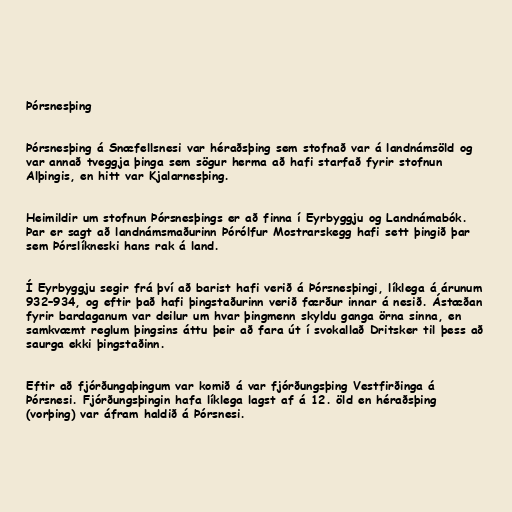
Þórsnesþing

Þórsnesþing á Snæfellsnesi var héraðsþing sem stofnað var á landnámsöld og
var annað tveggja þinga sem sögur herma að hafi starfað fyrir stofnun
Alþingis, en hitt var Kjalarnesþing.

Heimildir um stofnun Þórsnesþings er að finna í Eyrbyggju og Landnámabók.
Þar er sagt að landnámsmaðurinn Þórólfur Mostrarskegg hafi sett þingið þar
sem Þórslíkneski hans rak á land.

Í Eyrbyggju segir frá því að barist hafi verið á Þórsnesþingi, líklega á árunum
932–934, og eftir það hafi þingstaðurinn verið færður innar á nesið. Ástæðan
fyrir bardaganum var deilur um hvar þingmenn skyldu ganga örna sinna, en
samkvæmt reglum þingsins áttu þeir að fara út í svokallað Dritsker til þess að
saurga ekki þingstaðinn.

Eftir að fjórðungaþingum var komið á var fjórðungsþing Vestfirðinga á
Þórsnesi. Fjórðungsþingin hafa líklega lagst af á 12. öld en héraðsþing
(vorþing) var áfram haldið á Þórsnesi.